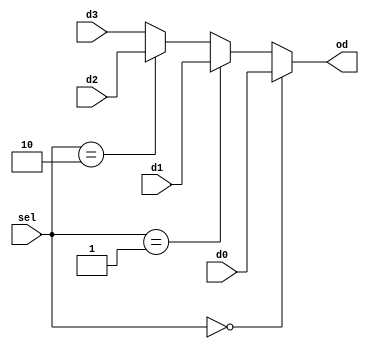
module mux4 (
	input d0, input d1, input d2, input d3,
	input [1:0] sel, output od
);
assign od =	(sel == 2'b00) ? d0 :
		(sel == 2'b01) ? d1 :
		(sel == 2'b10) ? d2 : d3;
endmodule